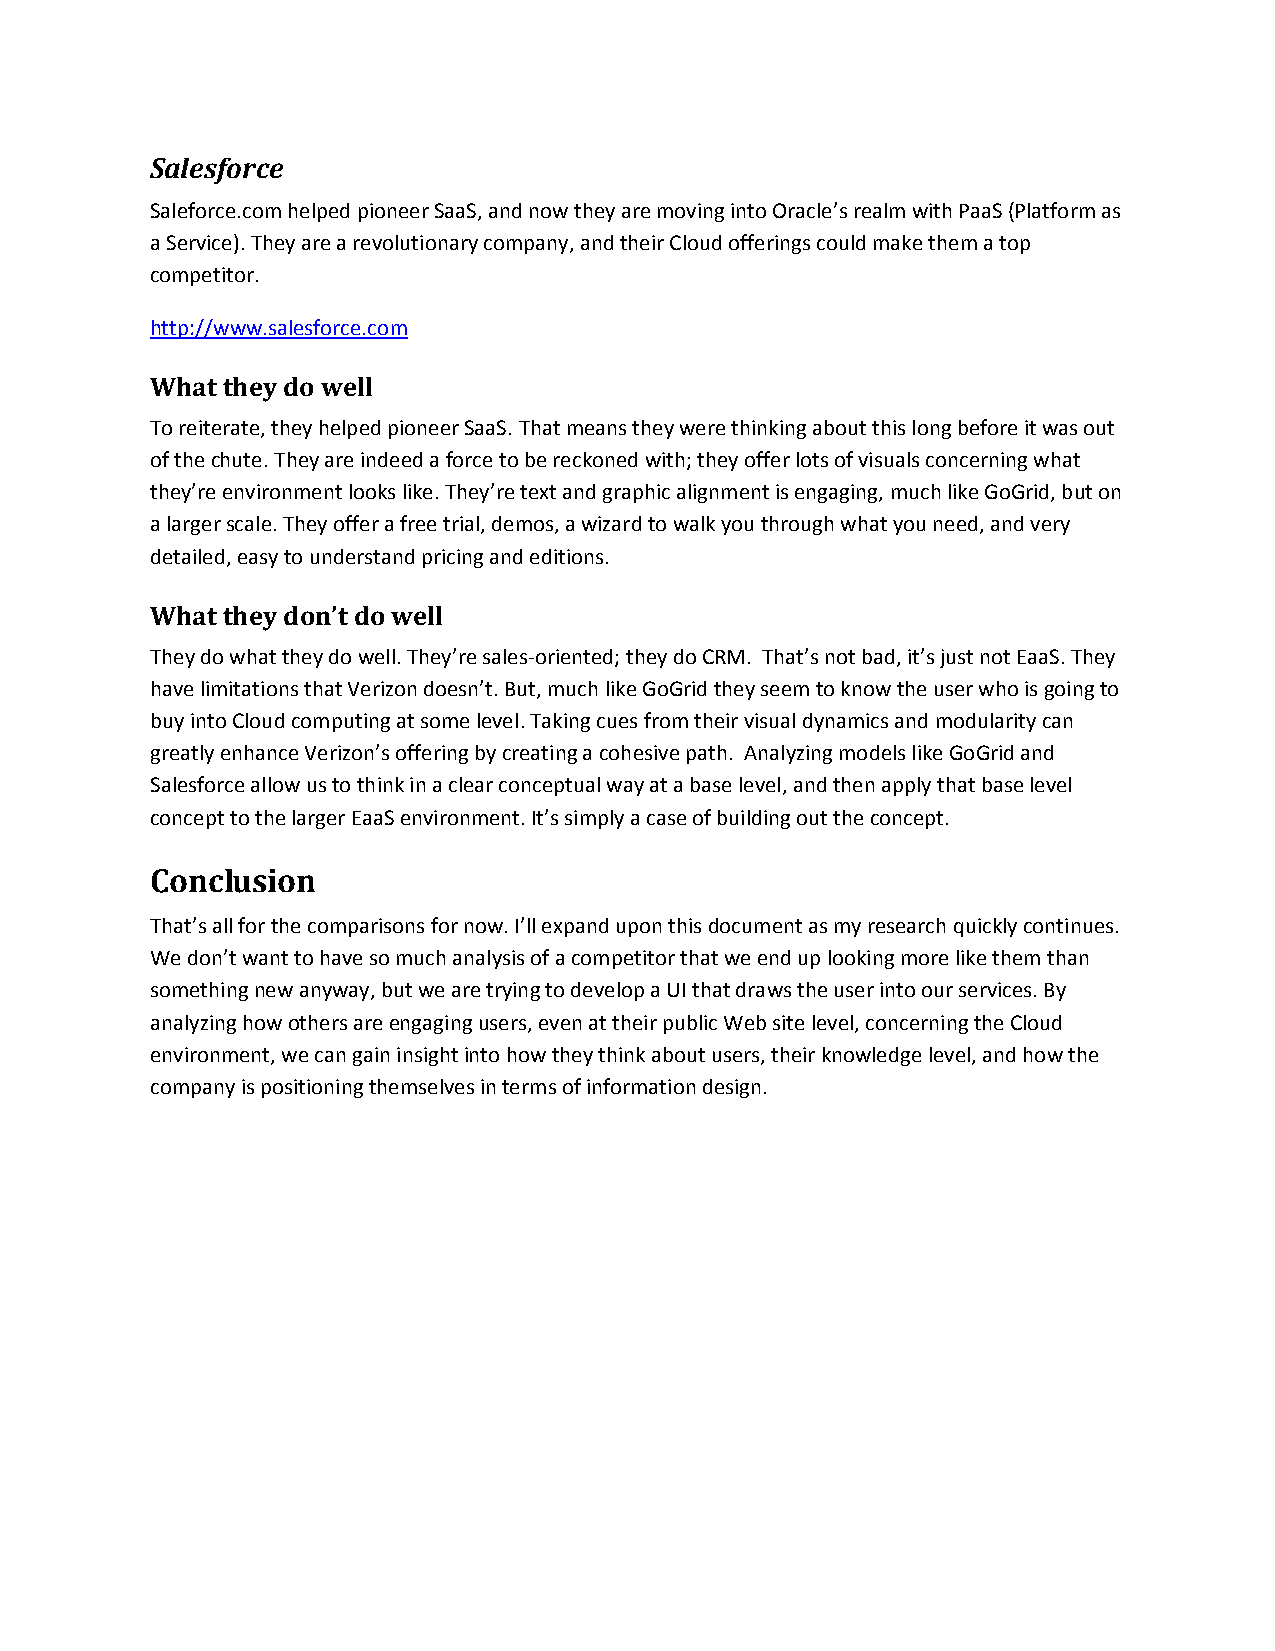
Salesforce
 Saleforce.com helped pioneer SaaS, and now they are moving into Oracle’s realm with PaaS (Platform as
 a Service). They are a revolutionary company, and their Cloud offerings could make them a top
 competitor.
 http://www.salesforce.com
 What they do well
 To reiterate, they helped pioneer SaaS. That means they were thinking about this long before it was out
 of the chute. They are indeed a force to be reckoned with; they offer lots of visuals concerning what
 they’re environment looks like. They’re text and graphic alignment is engaging, much like GoGrid, but on
 a larger scale. They offer a free trial, demos, a wizard to walk you through what you need, and very
 detailed, easy to understand pricing and editions.
 What they don’t do well
 They do what they do well. They’re sales‐oriented; they do CRM. That’s not bad, it’s just not EaaS. They
 have limitations that Verizon doesn’t. But, much like GoGrid they seem to know the user who is going to
 buy into Cloud computing at some level. Taking cues from their visual dynamics and modularity can
 greatly enhance Verizon’s offering by creating a cohesive path. Analyzing models like GoGrid and
 Salesforce allow us to think in a clear conceptual way at a base level, and then apply that base level
 concept to the larger EaaS environment. It’s simply a case of building out the concept.
 Conclusion
 That’s all for the comparisons for now. I’ll expand upon this document as my research quickly continues.
 We don’t want to have so much analysis of a competitor that we end up looking more like them than
 something new anyway, but we are trying to develop a UI that draws the user into our services. By
 analyzing how others are engaging users, even at their public Web site level, concerning the Cloud
 environment, we can gain insight into how they think about users, their knowledge level, and how the
 company is positioning themselves in terms of information design.